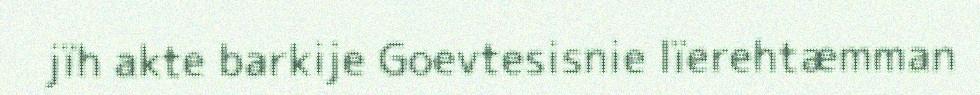
jïh akte barkije Goevtesisnie lïerehtæmman